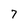
Character: 7